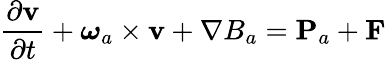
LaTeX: \frac{\partial{\mathbf v}}{\partial t}+\boldsymbol{\omega}_{a}\times{\mathbf v}+\nabla B_{a}={\mathbf P}_{a}+{\mathbf F}